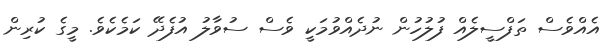
އެއްވެސް ތަފްސީލެއް ފުލުހުން ނުދެއްވުމަކީ ވެސް ސުވާލު އުފެދޭ ކަމެކެވެ. މީގެ ކުރިން